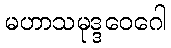
မဟာသမုဒ္ဒဝေဂေါ